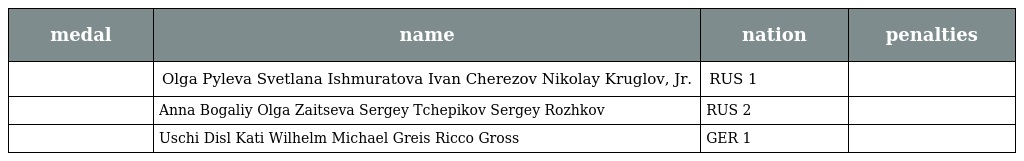
| medal | name | nation | penalties |
 | --- | --- | --- | --- |
 |  | Olga Pyleva Svetlana Ishmuratova Ivan Cherezov Nikolay Kruglov, Jr. | RUS 1 |  |
 |  | Anna Bogaliy Olga Zaitseva Sergey Tchepikov Sergey Rozhkov | RUS 2 |  |
 |  | Uschi Disl Kati Wilhelm Michael Greis Ricco Gross | GER 1 |  |